Scottish Certificate of Education, 1963
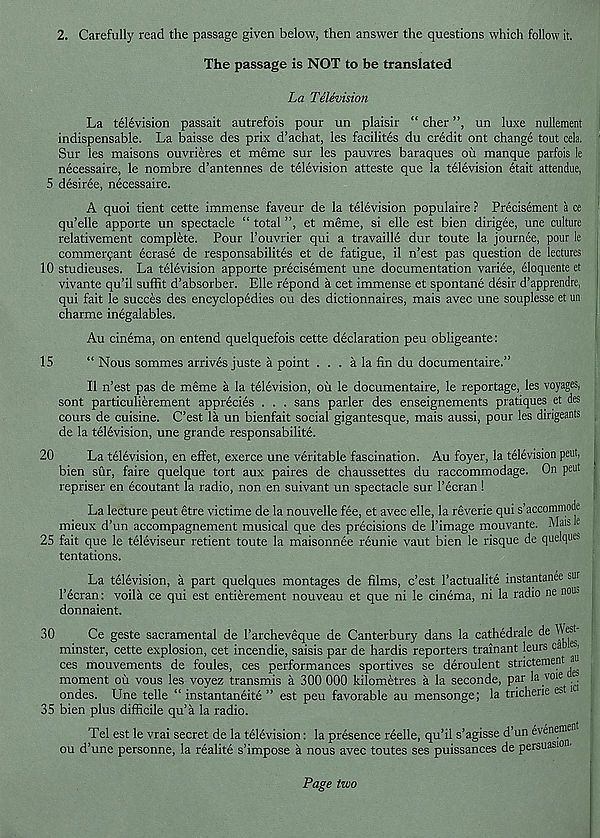
2. Carefully read the passage given below, then answer the questions which follow it.
The passage is NOT to be translated
La Television
La television passait autrefois pour un plaisir “ cher ”, un luxe nullement
indispensable. La baisse des prix d’achat, les facilites du credit ont change tout cela.
Sur les maisons ouvrieres et meme sur les pauvres baraques oil manque parfois le
necessaire, le nombre d’antennes de television atteste que la television etait attendue,
5 desiree, necessaire.
A quoi tient cette immense faveur de la television populaire ? Precisement a ce
qu’elle apporte un spectacle “ total ”, et meme, si elle est bien dirigee, une culture
relativement complete. Pour I’ouvrier qui a travaille dur toute la journee, pour le
commerqant ecrase de responsabilites et de fatigue, il n’est pas question de lectures
10 studieuses. La television apporte precisement une documentation variee, eloquente et
vivante qu’il suflit d’absorber. Elle repond a cet immense et spontane desir d’apprendre,
qui fait le succes des encyclopedies ou des dictionnaires, mais avec une souplesse et un
charme inegalables.
Au cinema, on entend quelquefois cette declaration peu obligeante:
15
“ Nous sommes arrives juste a point . . . a la fin du documentaire.”
II n’est pas de meme a la television, oil le documentaire, le reportage, les voyages,
sont particulierement apprecies . . . sans parler des enseignements pratiques et des
cours de cuisine. C’est la un bienfait social gigantesque, mais aussi, pour les dingeants
de la television, une grande responsabilite.
20
La television, en effet, exerce une veritable fascination. Au foyer, la television peut,
bien sur, faire quelque tort aux paires de chaussettes du raccommodage. On peut
repriser en ecoutant la radio, non en suivant un spectacle sur 1’ecran !
La lecture peut etre victime de la nouvelle fee, et avec elle, la reverie qui s’accommode
mieux d’un accompagnement musical que des precisions de 1’image mouvante. Mais le
25 fait que le televiseur retient toute la maisonnee reunie vaut bien le risque de quelques
tentations.
La television, a part quelques montages de films, c’est 1’actualite instantanee sur
1’ecran: voila ce qui est entierement nouveau et que ni le cinema, ni la radio ne nous
donnaient.
30
Ce geste sacramental de I’archeveque de Canterbury dans la cathedrale de West
minster, cette explosion, cet incendie, saisis par de hardis reporters trainant leurs ca es,
ces mouvements de foules, ces performances sportives se deroulent strictement a
moment oil vous les voyez transmis a 300 000 kilometres a la seconde, par la voie ^e-
ondes. Une telle “ instantaneite ” est peu favorable au mensonge; la tricherie est ic
35 bien plus difficile qu’a la radio.
Tel est le vrai secret de la television: la presence reelle, qu’il s’agisse d’un eveneraen
ou d’une personne, la realite s’impose a nous avec toutes ses puissances de persuasion.
Page two